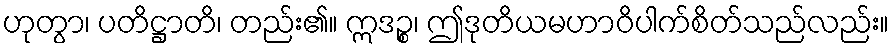
ဟုတွာ၊ ပတိဋ္ဌာတိ၊ တည်း၏။ ဣဒဉ္စ၊ ဤဒုတိယမဟာဝိပါက်စိတ်သည်လည်း။